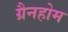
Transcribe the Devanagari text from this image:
ग्रैनहोम